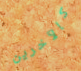
كالآخرين